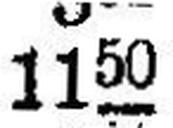
1150